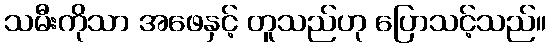
သမီးကိုသာ အဖေနှင့် တူသည်ဟု ပြောသင့်သည်။